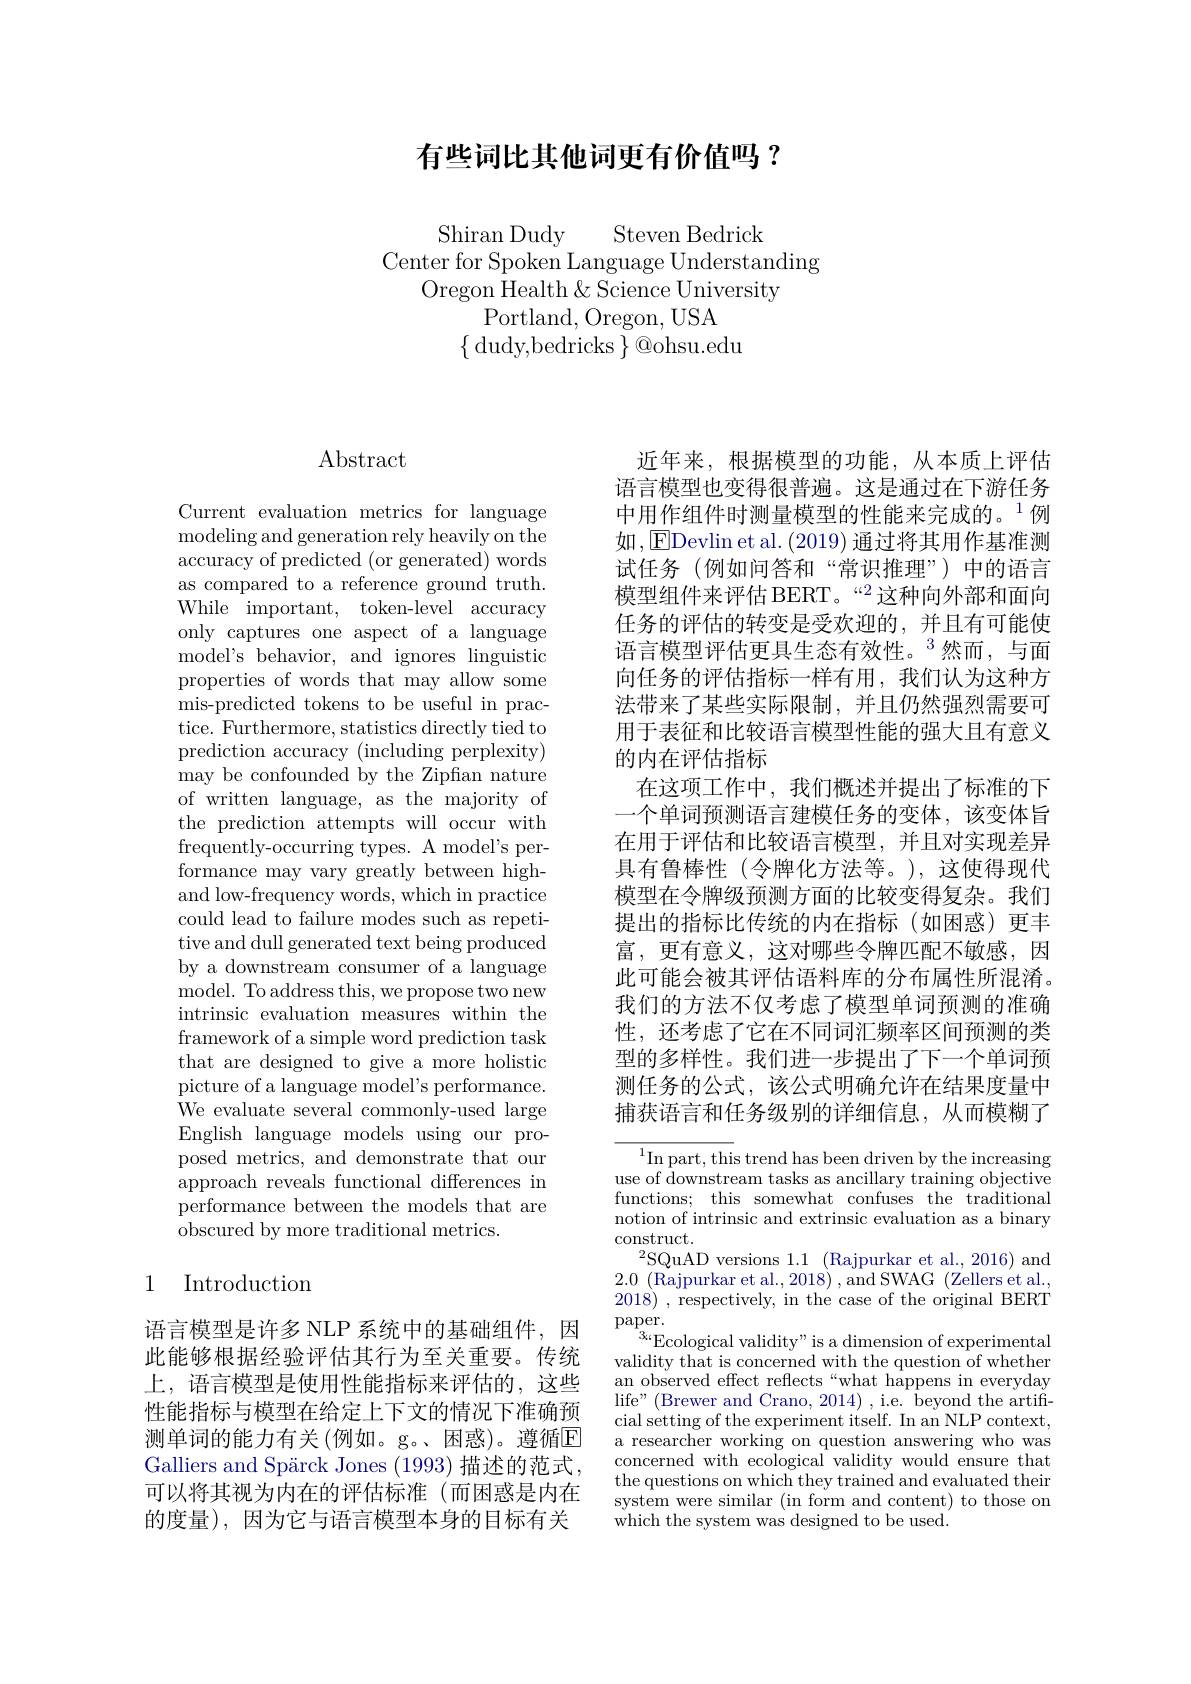
## 有些词比其他词更有价值吗？

Shiran Dudy Steven Bedrick
Center for Spoken Language Understanding
Oregon Health & Science University
Portland, Oregon, USA
$\{$dudy,bedricks $\}@$ohsu.edu

$\operatorname{Abstract}$

Current evaluation metrics for language modeling and generation rely heavily on the accuracy of predicted (or generated) words as compared to a reference ground truth. While important, token-level accuracy only captures one aspect of a language model's behavior, and ignores linguistic properties of words that may allow some mis-predicted tokens to be useful in practice. Furthermore, statistics directly tied to prediction accuracy (including perplexity) may be confounded by the Zipfian nature of written language, as the majority of the prediction attempts will occur with frequently-occurring types. A model's performance may vary greatly between highand low-frequency words, which in practice could lead to failure modes such as repetitive and dull generated text being produced by a downstream consumer of a language model. To address this, we propose two new intrinsic evaluation measures within the framework of a simple word prediction task that are designed to give a more holistic picture of a language model's performance. We evaluate several commonly-used large English language models using our proposed metrics, and demonstrate that our approach reveals functional differences in performance between the models that are obscured by more traditional metrics.

# 1 Introduction

语言模型是许多 NLP 系统中的基础组件，因此能够根据经验评估其行为至关重要。传统上，语言模型是使用性能指标来评估的，这些性能指标与模型在给定上下文的情况下准确预测单词的能力有关 (例如。g。、困惑)。遵循$\mathbb{E}$ Galliers and Spärck Jones (1993) 描述的范式， 可以将其视为内在的评估标准(而困惑是内在的度量),因为它与语言模型本身的目标有关

近年来，根据模型的功能，从本质上评估语言模型也变得很普遍。这是通过在下游任务中用作组件时测量模型的性能来完成的。$^{1}$例如，EDevlin et al.(2019) 通过将其用作基准测试任务 (例如问答和“常识推理”)中的语言模型组件来评估 BERT。“2 这种向外部和面向任务的评估的转变是受欢迎的，并且有可能使语言模型评估更具生态有效性。$^{3}$然而，与面向任务的评估指标一样有用，我们认为这种方法带来了某些实际限制，并且仍然强烈需要可用于表征和比较语言模型性能的强大且有意义的内在评估指标
在这项工作中，我们概述并提出了标准的下一个单词预测语言建模任务的变体，该变体旨在用于评估和比较语言模型，并且对实现差异具有鲁棒性(令牌化方法等。),这使得现代模型在令牌级预测方面的比较变得复杂。我们提出的指标比传统的内在指标(如困惑)更丰富，更有意义，这对哪些令牌匹配不敏感，因此可能会被其评估语料库的分布属性所混淆。我们的方法不仅考虑了模型单词预测的准确性，还考虑了它在不同词汇频率区间预测的类型的多样性。我们进一步提出了下一个单词预测任务的公式，该公式明确允许在结果度量中捕获语言和任务级别的详细信息，从而模糊了

$^{1}$In part, this trend has been driven by the increasing use of downstream tasks as ancillary training objective functions; this somewhat confuses the traditional notion of intrinsic and extrinsic evaluation as a binary construct.
$^{2}$SQuAD versions 1.1$\allowbreak ( {\mathrm{mod}} $Rajpurkar et al. , 2016) and) $2. 0\allowbreak ( {\mathrm{mod}} $Rajpurkar et al. , 2018) , and SWAG ( Zellers et al. ), 2018) ,respectively, in the case of the original BERT $\operatorname{paper}_{3}.$
$^{3}$Ecological validity" is a dimension of experimental validity that is concerned with the question of whether an observed effect reflects“what happens in everyday life" (Brewer and Crano, 2014) , i.e. beyond the artificial setting of the experiment itself. In an NLP context, a researcher working on question answering who was concerned with ecological validity would ensure that the questions on which they trained and evaluated their system were similar (in form and content) to those on which the system was designed to be used.